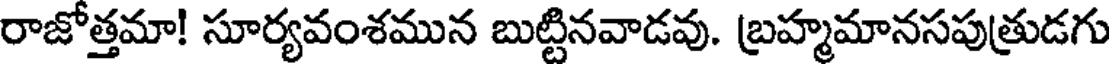
రాజోత్తమా! సూర్యవంశమున బుట్టినవాడవు. బ్రహ్మమానసపుత్రుడగు